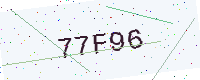
Text: 77F96